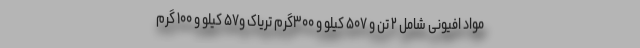
مواد افیونی شامل ۲ تن و ۵۰۷ کیلو و ۳۰۰گرم تریاک و۵۷ کیلو و ۱۰۰ گرم